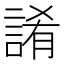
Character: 誵